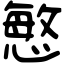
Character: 慜